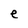
Character: e